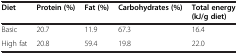
<table><thead><tr><td><b>Diet</b></td><td><b>Protein (%)</b></td><td><b>Fat (%)</b></td><td><b>Carbohydrates (%)</b></td><td><b>Total energy (kJ/g diet)</b></td></tr></thead><tbody><tr><td>Basic</td><td>20.7</td><td>11.9</td><td>67.3</td><td>16.4</td></tr><tr><td>High fat</td><td>20.8</td><td>59.4</td><td>19.8</td><td>22.0</td></tr></tbody></table>